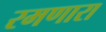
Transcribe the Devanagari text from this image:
रमणारा